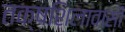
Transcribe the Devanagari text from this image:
तक्षशिलावासी